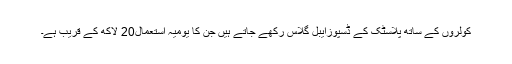
کولروں کے ساتھ پلاسٹک کے ڈسپوزایبل گلاس رکھے جاتے ہیں جن کا یومیہ استعمال20 لاکھ کے قریب ہے۔